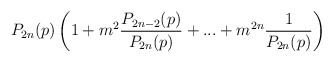
\begin{align*}P_{2n}(p)\left(1+m^2\frac{P_{2n-2}(p)}{P_{2n}(p)}+...+m^{2n}\frac{1}{P_{2n}(p)}\right)\end{align*}